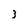
Character: 3